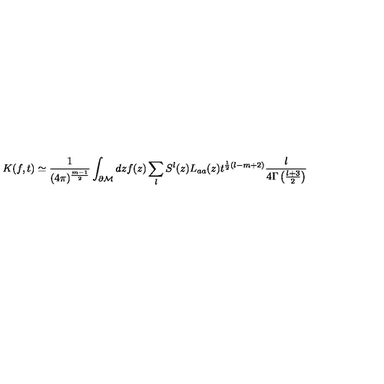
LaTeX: K ( f , t ) \simeq \frac 1 { ( 4 \pi ) ^ { \frac { m - 1 } 2 } } \int _ { \partial { \cal M } } d z f ( z ) \sum _ { l } S ^ { l } ( z ) L _ { a a } ( z ) t ^ { \frac 1 2 ( l - m + 2 ) } \frac { l } { 4 \Gamma \left( \frac { l + 3 } 2 \right) }